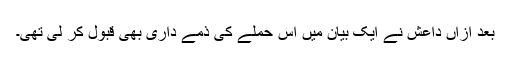
بعد ازاں داعش نے ایک بیان میں اس حملے کی ذمے داری بھی قبول کر لی تھی۔